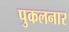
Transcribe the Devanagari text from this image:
पुकलनार